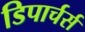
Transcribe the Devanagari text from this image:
डिपार्चर्स